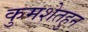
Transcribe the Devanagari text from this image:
कुमशेतहुन